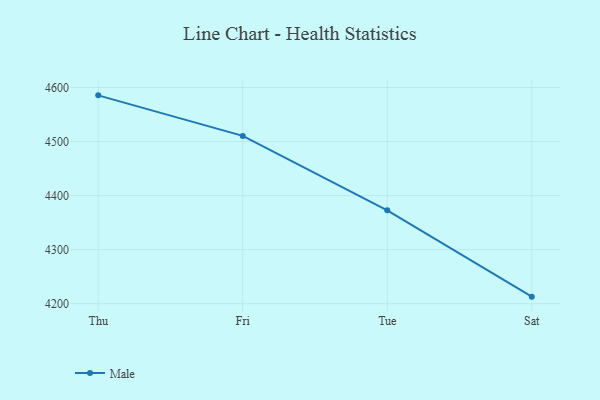
{"axis": {"x": "Day", "y": "Bounce Rate (%)"}, "legend": ["Male"], "data": [{"x": "Thu", "y": 4585.5, "type": "Male"}, {"x": "Fri", "y": 4510.5, "type": "Male"}, {"x": "Tue", "y": 4372.8, "type": "Male"}, {"x": "Sat", "y": 4213.0, "type": "Male"}]}